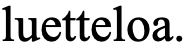
luetteloa.